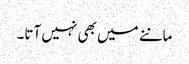
ماننے میں بھی نہیں آتا۔